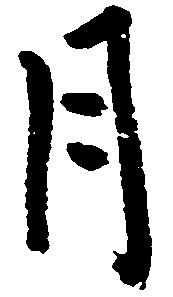
月